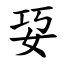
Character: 㚽